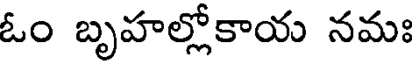
ఓం బృహల్లోకాయ నమః